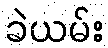
ခဲယမ်း